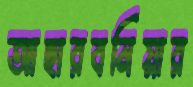
আছারবনিয়ার